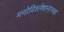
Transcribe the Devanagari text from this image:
मनोविश्लेषानात्मक